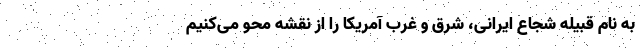
به نام قبیله شجاع ایرانی، شرق و غرب آمریکا را از نقشه محو می‌کنیم